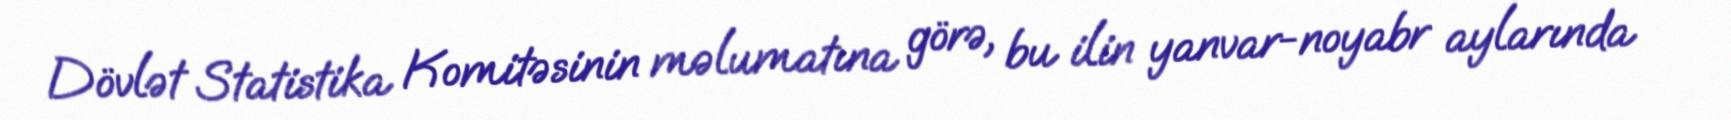
Dövlət Statistika Komitəsinin məlumatına görə, bu ilin yanvar-noyabr aylarında